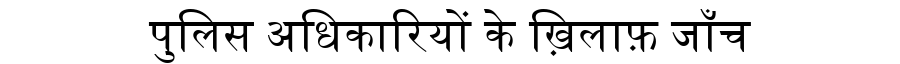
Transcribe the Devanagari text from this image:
पुलिस अधिकारियों के ख़िलाफ़ जाँच